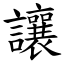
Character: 讓